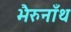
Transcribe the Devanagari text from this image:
भैरुनाँथ